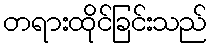
တရားထိုင်ခြင်းသည်